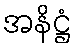
အနိဋ္ဌံ